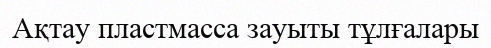
Ақтау пластмасса зауыты тұлғалары